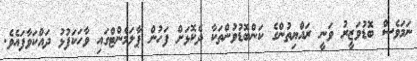
ނަމަވެސް ބޮޑުވަޒީރު ވަނީ ރައްޔިތުންގެ ކަންބޮޑުވުންތަކާ ދެކޮޅަށް ފަހުން ޕާލަމެންޓްގައި ވާހަކަފުޅު ދައްކަވާފައެވެ.